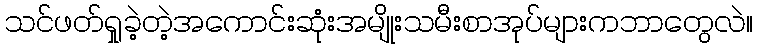
သင်ဖတ်ရှုခဲ့တဲ့အကောင်းဆုံးအမျိုးသမီးစာအုပ်များကဘာတွေလဲ။